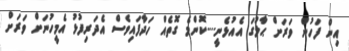
އިން ފަހުން ވަރަށް ޙާލުގަ އެއުޅެނީ....ކޮންމެ ގޮތެއް ހަދާފައިވެސް އެދަރިފުޅު އެމީހުނަށް ވަރަށް